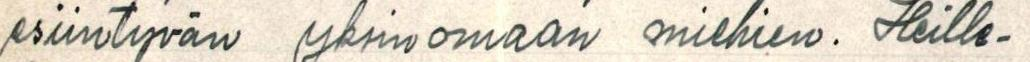
esiintyvän yksinomaan miehien. Heille-